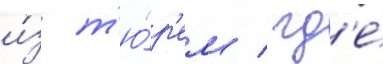
и́з т'ю́р'ем / гд'е́